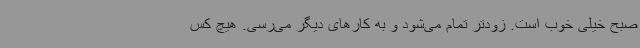
صبح خیلی خوب است. زودتر تمام می‌شود و به کارهای دیگر می‌رسی. هیچ کس